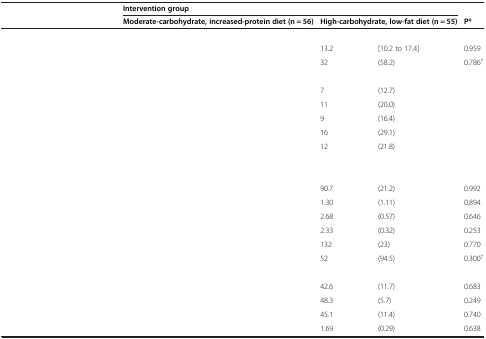
<table><thead><tr><td>[EMPTY_CELL]</td><td colspan="4"><b>Intervention group</b></td><td>[EMPTY_CELL]</td></tr><tr><td>[EMPTY_CELL]</td><td colspan="2"><b>Moderate-carbohydrate, increased-protein diet (n = 56)</b></td><td colspan="2"><b>High-carbohydrate, low-fat diet (n = 55)</b></td><td><b>P*</b></td></tr></thead><tbody><tr><td>[EMPTY_CELL]</td><td>[EMPTY_CELL]</td><td>[EMPTY_CELL]</td><td>[EMPTY_CELL]</td><td>[EMPTY_CELL]</td><td>[EMPTY_CELL]</td></tr><tr><td>[EMPTY_CELL]</td><td>[EMPTY_CELL]</td><td>[EMPTY_CELL]</td><td>13.2</td><td>[10.2 to 17.4]</td><td>0.959</td></tr><tr><td>[EMPTY_CELL]</td><td>[EMPTY_CELL]</td><td>[EMPTY_CELL]</td><td>32</td><td>(58.2)</td><td>0.786<sup>†</sup></td></tr><tr><td>[EMPTY_CELL]</td><td>[EMPTY_CELL]</td><td>[EMPTY_CELL]</td><td>[EMPTY_CELL]</td><td>[EMPTY_CELL]</td><td>[EMPTY_CELL]</td></tr><tr><td>[EMPTY_CELL]</td><td>[EMPTY_CELL]</td><td>[EMPTY_CELL]</td><td>7</td><td>(12.7)</td><td>[EMPTY_CELL]</td></tr><tr><td>[EMPTY_CELL]</td><td>[EMPTY_CELL]</td><td>[EMPTY_CELL]</td><td>11</td><td>(20.0)</td><td>[EMPTY_CELL]</td></tr><tr><td>[EMPTY_CELL]</td><td>[EMPTY_CELL]</td><td>[EMPTY_CELL]</td><td>9</td><td>(16.4)</td><td>[EMPTY_CELL]</td></tr><tr><td>[EMPTY_CELL]</td><td>[EMPTY_CELL]</td><td>[EMPTY_CELL]</td><td>16</td><td>(29.1)</td><td>[EMPTY_CELL]</td></tr><tr><td>[EMPTY_CELL]</td><td>[EMPTY_CELL]</td><td>[EMPTY_CELL]</td><td>12</td><td>(21.8)</td><td>[EMPTY_CELL]</td></tr><tr><td>[EMPTY_CELL]</td><td rowspan="2">[EMPTY_CELL]</td><td rowspan="2">[EMPTY_CELL]</td><td rowspan="2">[EMPTY_CELL]</td><td rowspan="2">[EMPTY_CELL]</td><td rowspan="2">[EMPTY_CELL]</td></tr><tr><td>[EMPTY_CELL]</td></tr><tr><td>[EMPTY_CELL]</td><td>[EMPTY_CELL]</td><td>[EMPTY_CELL]</td><td>90.7</td><td>(21.2)</td><td>0.992</td></tr><tr><td>[EMPTY_CELL]</td><td>[EMPTY_CELL]</td><td>[EMPTY_CELL]</td><td>1.30</td><td>(1.11)</td><td>0.894</td></tr><tr><td>[EMPTY_CELL]</td><td>[EMPTY_CELL]</td><td>[EMPTY_CELL]</td><td>2.68</td><td>(0.57)</td><td>0.646</td></tr><tr><td>[EMPTY_CELL]</td><td>[EMPTY_CELL]</td><td>[EMPTY_CELL]</td><td>2.33</td><td>(0.32)</td><td>0.253</td></tr><tr><td>[EMPTY_CELL]</td><td>[EMPTY_CELL]</td><td>[EMPTY_CELL]</td><td>132</td><td>(23)</td><td>0.770</td></tr><tr><td>[EMPTY_CELL]</td><td>[EMPTY_CELL]</td><td>[EMPTY_CELL]</td><td>52</td><td>(94.5)</td><td>0.300<sup>†</sup></td></tr><tr><td>[EMPTY_CELL]</td><td>[EMPTY_CELL]</td><td>[EMPTY_CELL]</td><td>[EMPTY_CELL]</td><td>[EMPTY_CELL]</td><td>[EMPTY_CELL]</td></tr><tr><td>[EMPTY_CELL]</td><td>[EMPTY_CELL]</td><td>[EMPTY_CELL]</td><td>42.6</td><td>(11.7)</td><td>0.683</td></tr><tr><td>[EMPTY_CELL]</td><td>[EMPTY_CELL]</td><td>[EMPTY_CELL]</td><td>48.3</td><td>(5.7)</td><td>0.249</td></tr><tr><td>[EMPTY_CELL]</td><td>[EMPTY_CELL]</td><td>[EMPTY_CELL]</td><td>45.1</td><td>(11.4)</td><td>0.740</td></tr><tr><td>[EMPTY_CELL]</td><td>[EMPTY_CELL]</td><td>[EMPTY_CELL]</td><td>1.69</td><td>(0.29)</td><td>0.638</td></tr></tbody></table>